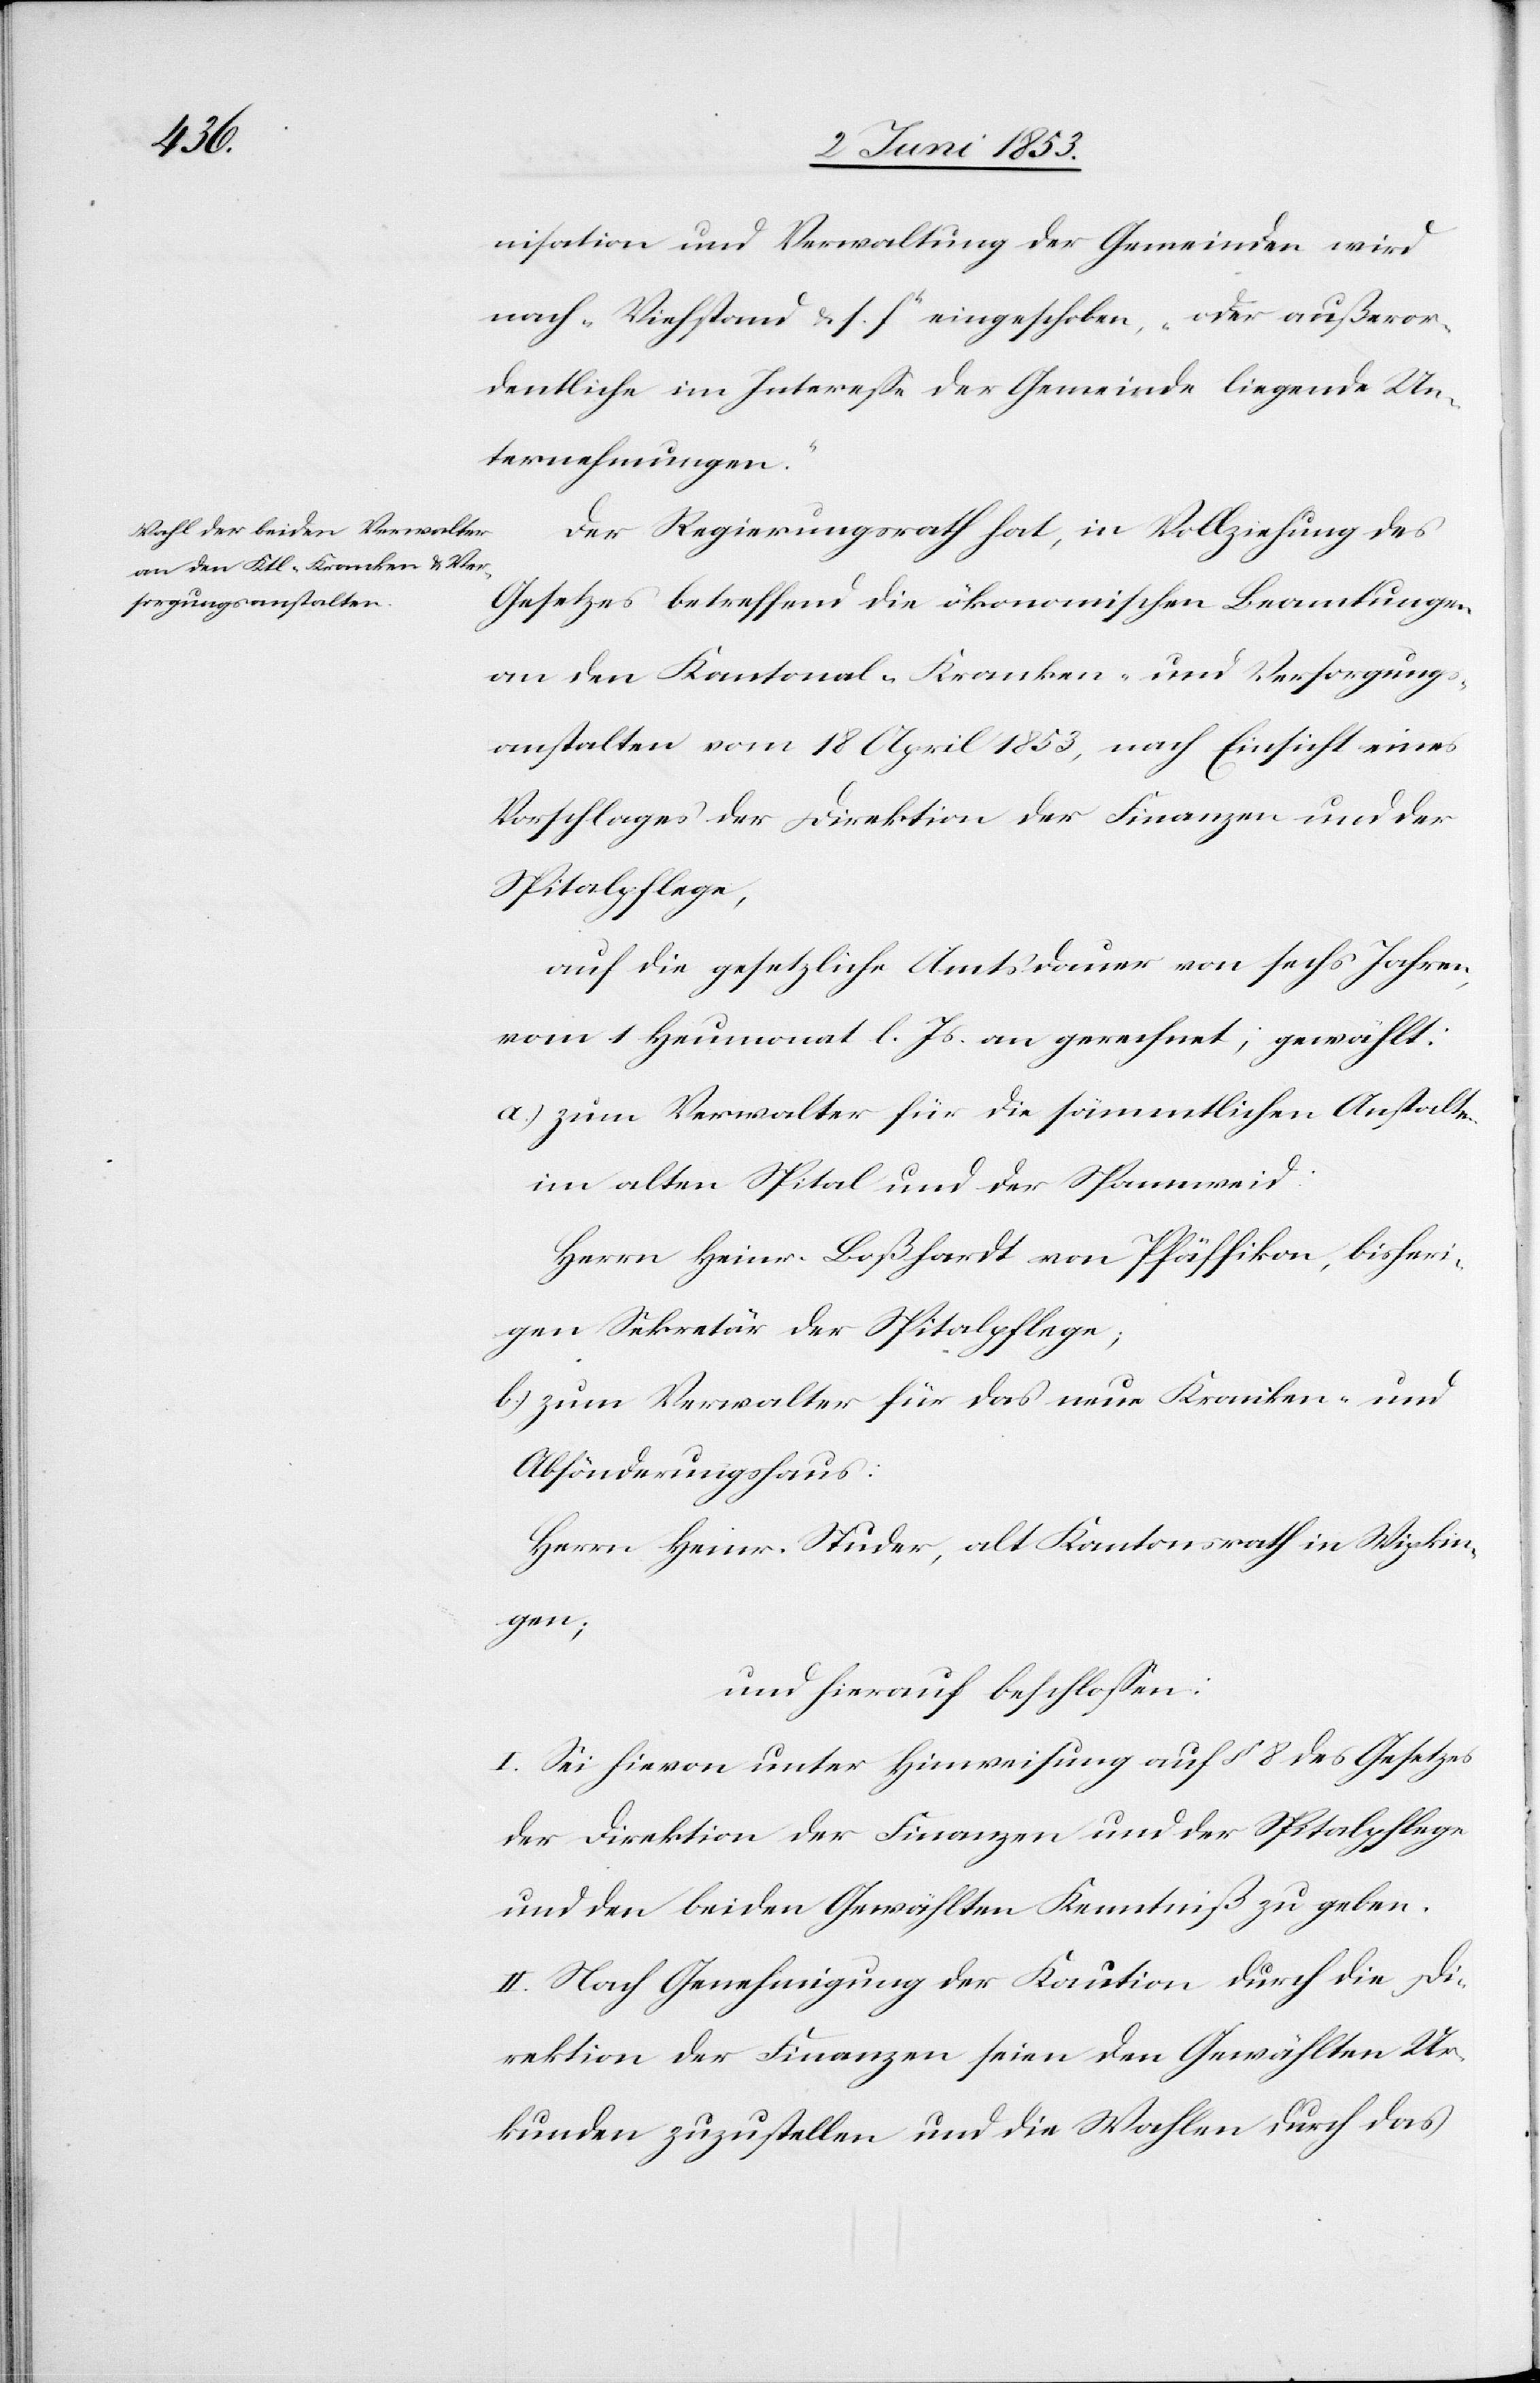
nisation und Verwaltung der Gemeinden wird
nach „Viehstand u. s. f.“ eingeschoben, „oder außeror¬
dentliche im Intereße der Gemeinde liegende Un¬
ternehmungen.“
Der Regierungsrath hat, in Vollziehung des
Gesetzes betreffend die ökonomischen Beamtungen
an den Kantonal-Kranken- und Versorgungs¬
anstalten vom 18 April 1853, nach Einsicht eines
Vorschlages der Direktion der Finanzen und der
Spitalpflege,
auf die gesetzliche Amtsdauer von sechs Jahren,
vom 1 Heumonat l. Js. an gerechnet; gewählt:
a) zum Verwalter für die sämmtlichen Anstalten
im alten Spital und der Spannweid:
Herrn Heinr. Boßhardt von Pfäffikon, bisheri¬
gen Sekretär der Spitalpflege;
b) zum Verwalter für das neue Kranken- und
Absönderungshaus:
Herrn Heinr. Studer, alt Kantonsrath in Wipkin¬
gen,
und hierauf beschloßen:
I. Sei hievon unter Hinweisung auf § 8 des Gesetzes
der Direktion der Finanzen und der Spitalpflege
und den beiden Gewählten Kenntniß zu geben.
II. Nach Genehmigung der Kaution durch die Di¬
rektion der Finanzen seien den Gewählten Ur¬
kunden zuzustellen und die Wahlen durch das